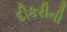
દીકરીની